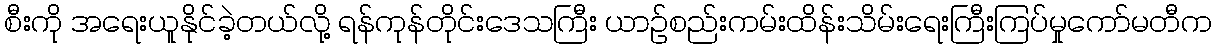
စီးကို အရေးယူနိုင်ခဲ့တယ်လို့ ရန်ကုန်တိုင်းဒေသကြီး ယာဉ်စည်းကမ်းထိန်းသိမ်းရေးကြီးကြပ်မှုကော်မတီက